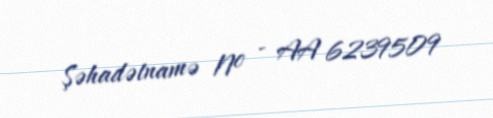
Şəhadətnamə № - AA 6239509